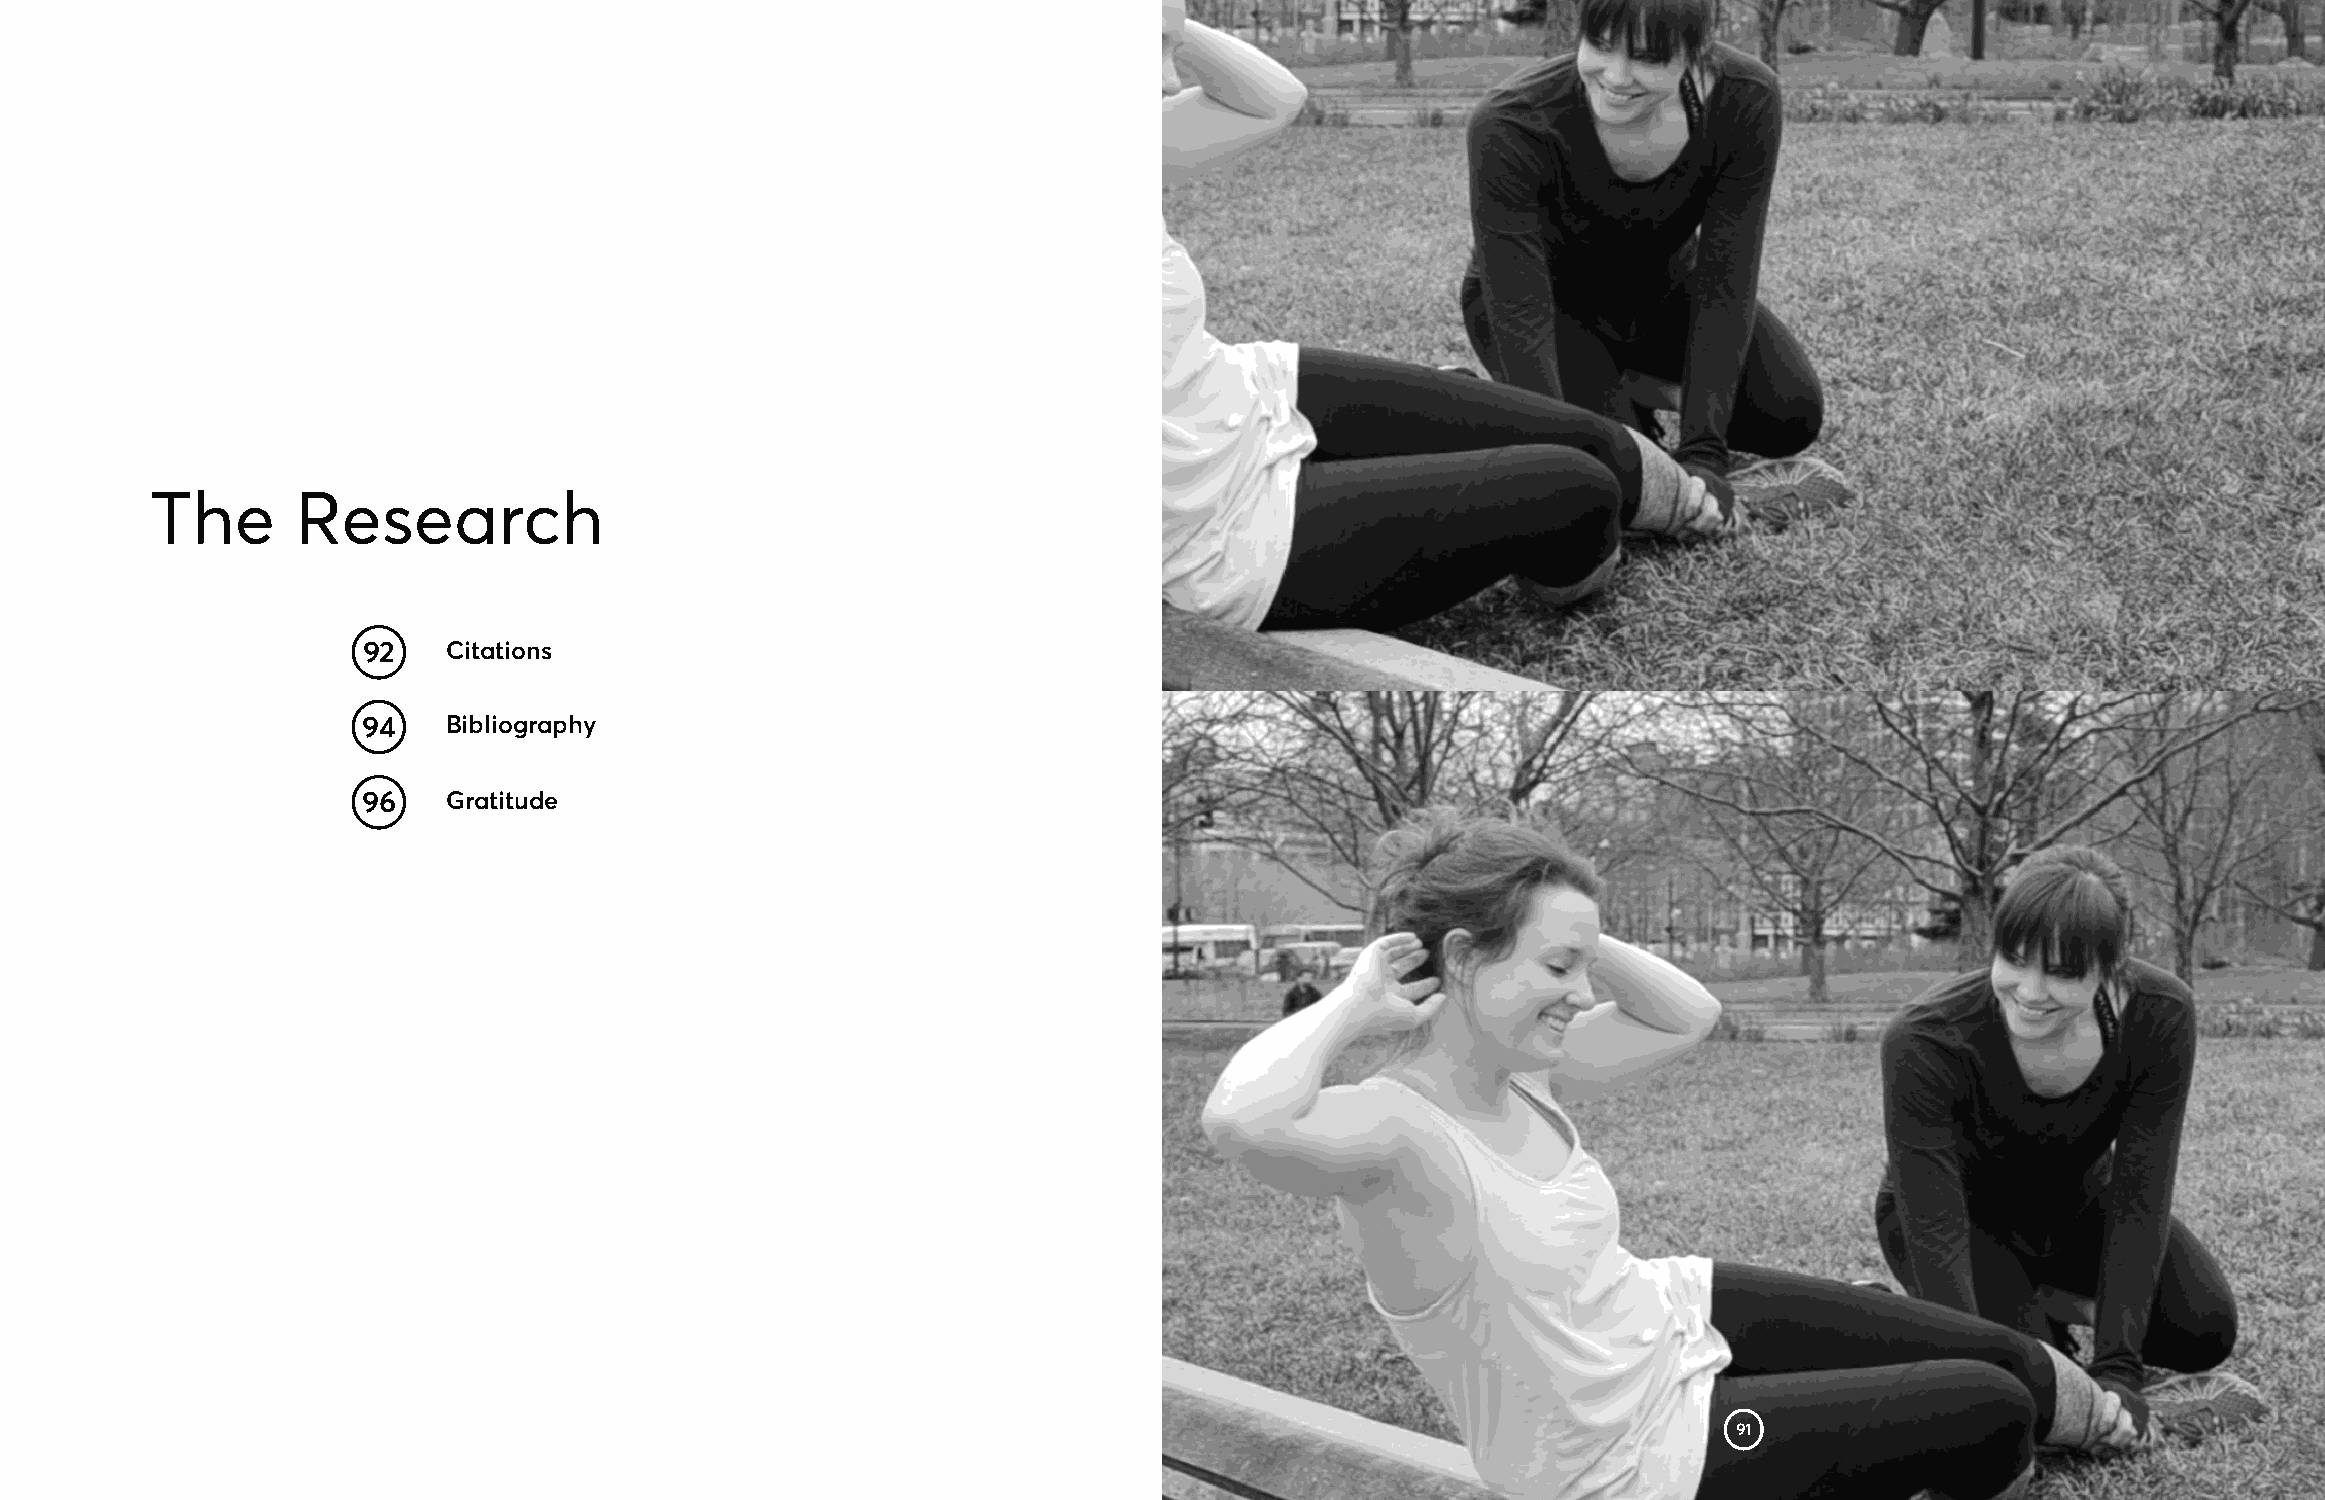
The       Research
 92    Citations
 94    Bibliography
 96    Gratitude
 91